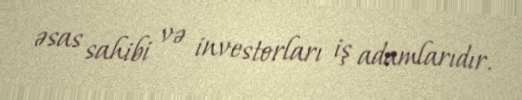
əsas sahibi və investorları iş adamlarıdır.